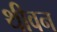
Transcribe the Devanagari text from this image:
थीवन